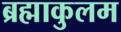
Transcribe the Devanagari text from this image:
ब्रह्माकुलम